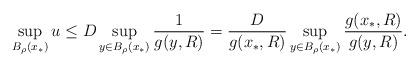
LaTeX: \begin{align*} \sup_{B_{\rho}(x_*)}u\leq D\sup_{y\in B_{\rho}(x_*)}\frac{1}{g(y,R)}=\frac{D}{g(x_*,R)}\sup_{y\in B_{\rho}(x_*)}\frac{g(x_*,R)}{g(y,R)}. \end{align*}